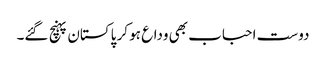
دوست احباب بھی وداع ہو کر پاکستان پہنچ گئے۔